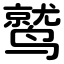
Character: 鹫